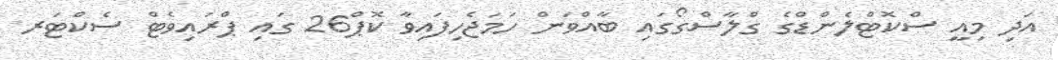
އަދި މިއީ ސްކޮޓްލެންޑްގެ ގްލާސްގޯގައި ބާއްވަން ހަމަޖެހިފައިވާ ކޮޕް26 ގައި ޕްރައިވެޓް ސެކްޓަރ